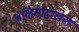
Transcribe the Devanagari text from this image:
बक्षिसादाखल